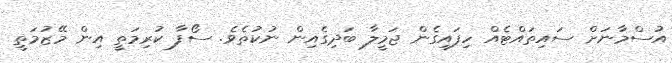
އުސްމާނަށް ސައިތައްޓެއް ހިފައިގެން ޖަމީލާ ބަދިގެއިން ނުކުތެވެ. ސޯފާ ކުރިމަތީ އިން މޭޒުމަތީ